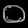
Digit: ၀